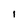
Character: I